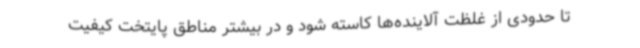
تا حدودی از غلظت آلاینده‌ها کاسته شود و در بیشتر مناطق پایتخت کیفیت